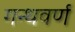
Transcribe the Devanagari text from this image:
गन्धवर्ण